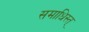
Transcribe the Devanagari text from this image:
समाधिस्त्